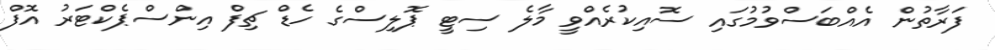
ފަރާތުން އެއްބަސްވުމުގައި ސޮއިކުރެއްވީ މާލެ ސިޓީ ޕޮލިސްގެ ހެޑް ޗިފް އިންސްޕެކްޓަރު އޮފް